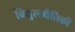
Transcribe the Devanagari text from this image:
विद्युत्स्थैतिकी